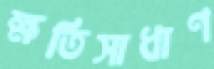
ক্ষতিসাধাণ